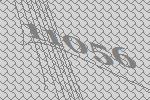
11056